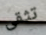
تثقى